Report of the Municipal Commissioner on the plague in Bombay for the year ending 31st May... - Volume 1
Disease focus: Plague
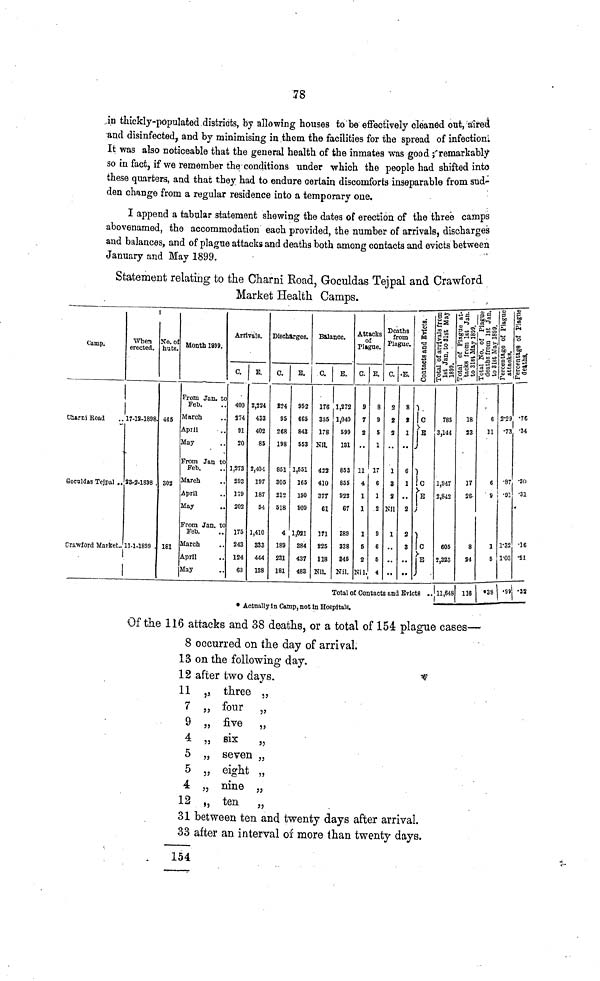
78
in thickly-populated districts, by allowing houses to be effectively cleaned out, aired
and disinfected, and by minimising in them the facilities for the spread of infection.
It was also noticeable that the general health of the inmates was good ; remarkably
so in fact, if we remember the conditions under which the people had shifted into
these quarters, and that they had to endure certain discomforts inseparable from sud-
den change from a regular residence into a temporary one.
I append a tabular statement shewing the dates of erection of the three camps
abovenamed, the accommodation each provided, the number of arrivals, discharges
and balances, and of plague attacks and deaths both among contacts and evicts between
January and May 1899.
Statement relating to the Charni Road, Goculdas Tejpal and Crawford
Market Health Camps
Camp.
Charni Road
Goculdas Tejpal ..
Crawlord Market..
1
When No. oí
erected, huts.
17-18-1898,
S3-2-1898
11-1-1899 .
465
302
181
Month 1899.
From Jan. to
Feb.
March
April
May
From Jan to
Feb.
March
April
May
From Jan. to
Feb.
March
April
May
Arrivals.
c.
400
274
91
20
1,273
293
202
175
243
124
63
E.
2,224
433
402
85
2,404
197
187
54
1,410
333
444
138
Discharges.
0.
224
95
268
198
851
305
212
518
4
189
231
181
E.
952
665
843
553
1,551
165
150
909
1,081
384
437
483
Balance.
C.
176
355
178
Nil
422
410
377
61
171
825
118
Nil.
E.
1,272
1,040
599
131
853
855
922
67
389
338
845
Nil.
Attacks
of
Plague.
C.
9
7
2
"
11
4
1
1
1
5
2
Nil.
E.
8
9
5
1
17
6
1
2
9
6
5
4
Deaths
from
Plague.
C.
2
••
1
3
a
Nil
1
.,
..
E.
8
2
1
••
6
1
..
2
2
3
..
Contacts and Evlacts
C \
Total of Contacts and Evicts . .
785
3,144
1,947
2,842
605
3,325
' 11,648
18
6
23
11
17
6
26
9
8
1
24
5
2-29
•73
•87
•91
1-32
1-03
116
*38.99
•34
•SO
•31
•16
•21
• Actually in Camp, not in Hospitals.
Of the 116 attacks and 38 deaths, or a total of 154 plague cases—•
8 occurred on the day of arrival.
13 on the following day.
12 after two days.
11 ,, three „
7 „ four „
9 „ five „
4 „ sis
„
5 „ seven „
5 „ eight „
4 „ nine „
12 „ ten „
31 between ten and twenty days after arrival.
33 after an interval oí more than twenty days.
154